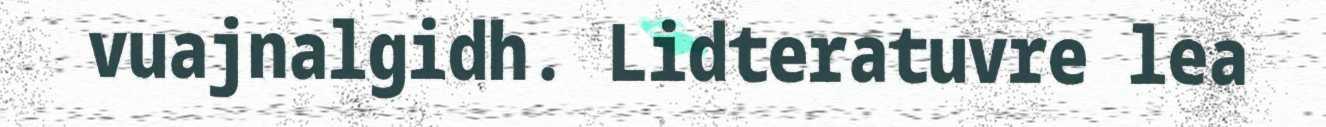
vuajnalgidh. Lidteratuvre lea